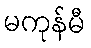
မကုန်မီ